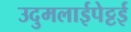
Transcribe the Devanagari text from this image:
उदुमलाईपेट्टई